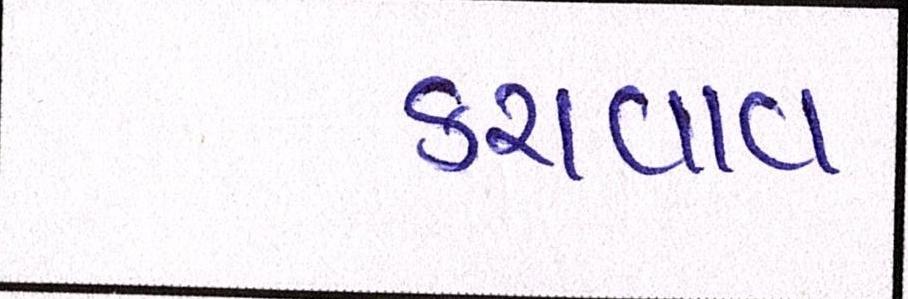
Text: કરાવાવ